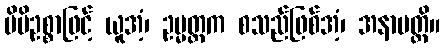
မိမိဥစ္စာဖြင့် ယူအံ့၊ ဥမ္မတ္တက စသည်ဖြစ်အံ့၊ အနာပတ္တိ။